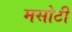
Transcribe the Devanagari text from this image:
मसोटी